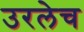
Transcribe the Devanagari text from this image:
उरलेच